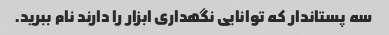
سه پستاندار که توانایی نگهداری ابزار را دارند نام ببرید.